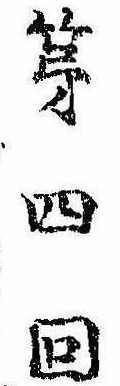
第四回